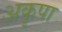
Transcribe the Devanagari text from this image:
अकृपा